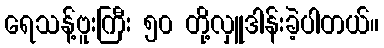
ရေသန့်ဗူးကြီး ၅၀ တို့လှူဒါန်းခဲ့ပါတယ်။